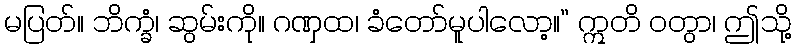
မပြတ်။ ဘိက္ခံ၊ ဆွမ်းကို။ ဂဏှထ၊ ခံတော်မူပါလော့။” ဣတိ ဝတွာ၊ ဤသို့